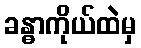
ခန္ဓာကိုယ်ထဲမှ